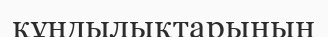
құндылықтарының